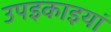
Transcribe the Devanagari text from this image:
उपइकाइयां